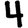
Digit: 4